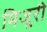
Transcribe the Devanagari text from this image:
मिजूरी